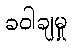
ခဝါချမှု